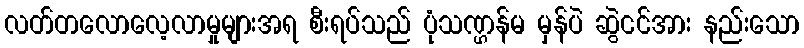
လတ်တလောလေ့လာမှုများအရ စီးရပ်သည် ပုံသဏ္ဌန်မ မှန်ပဲ ဆွဲငင်အား နည်းသော